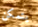
يتمكن